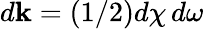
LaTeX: d{\mathbf k}=(1/2)d\chi\, d\omega